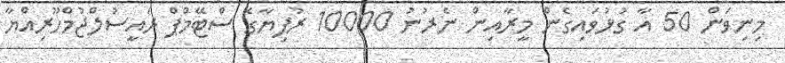
މިނިވަން 50 އާ ގުޅުވައިގެން މީރާއިން ނެރުނު 10000 ރުފިޔާގެ ސްޓޭމްޕް ރައީސުލްޖުމްހޫރިއްޔާ